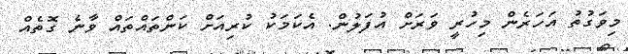
މިވަގުތު އަހަރެން މިހުރީ ވަރަށް އުފަލުން. އެކަމަކު ކުރިއަށް ކަންތައްތައް ވާނެ ގޮތެއް